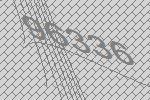
96336